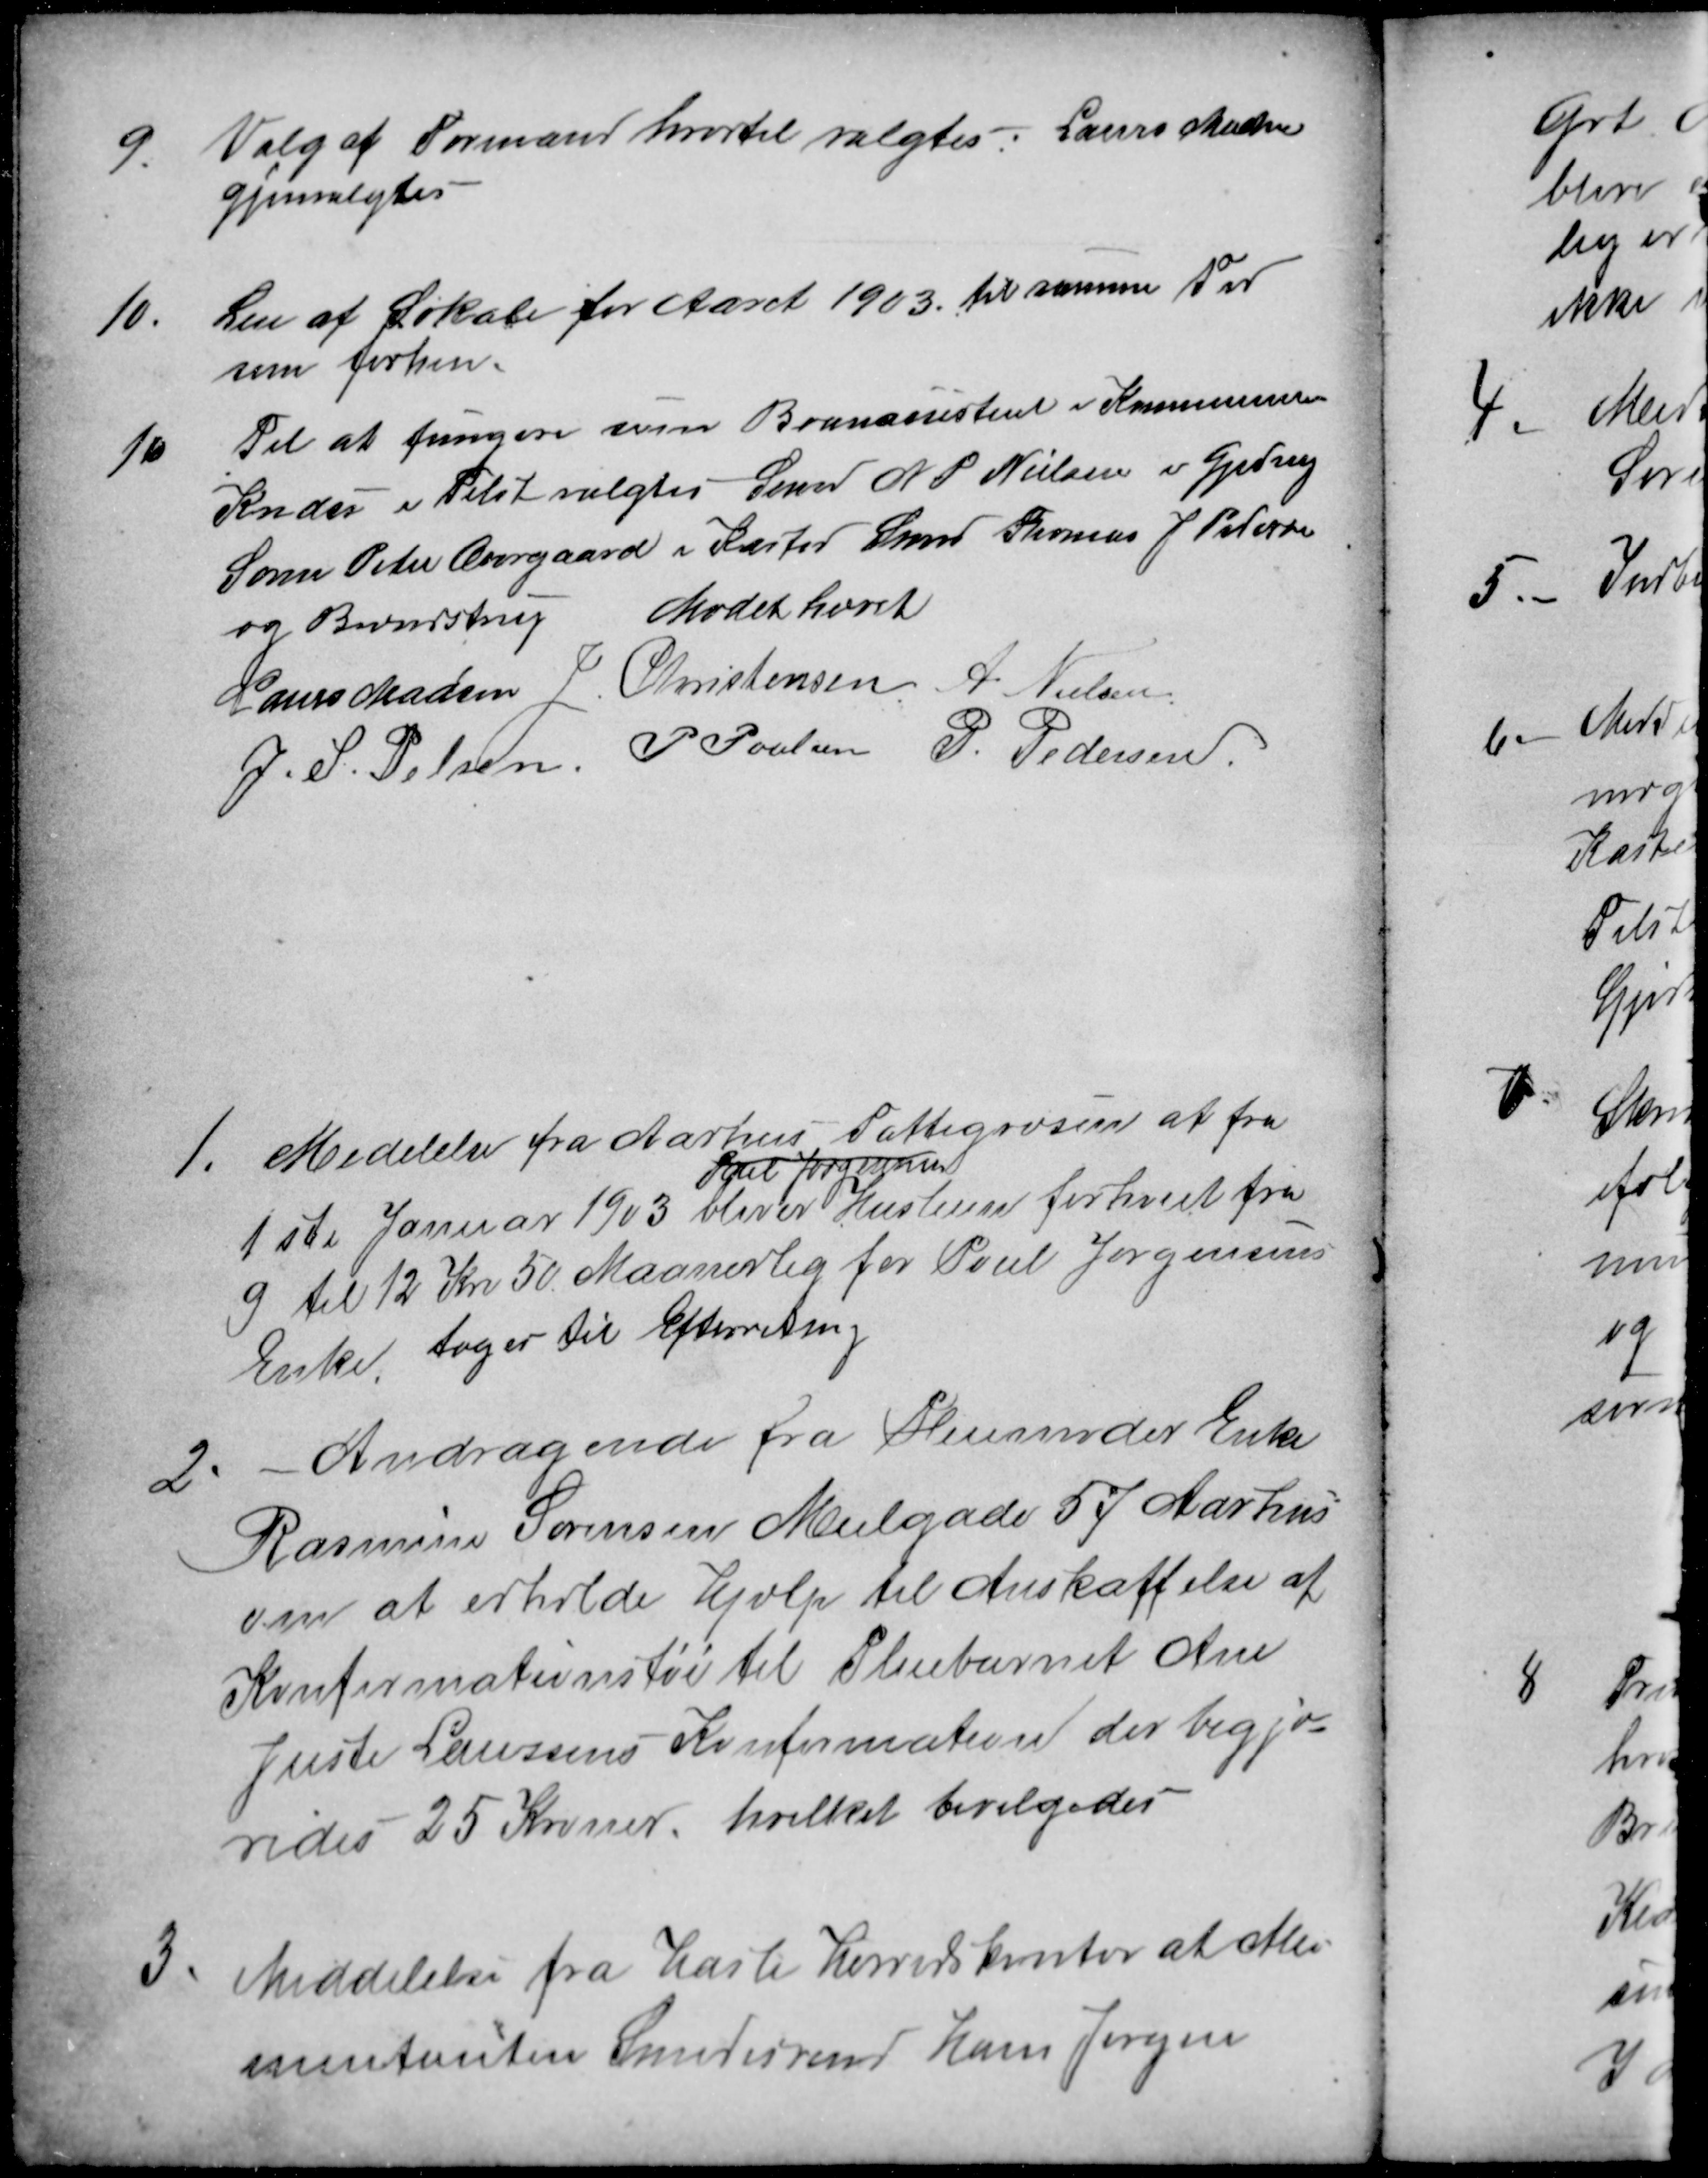
Transskription:
9.
Valg af Formand hvortil valgtes: Laurs Madsen
gjenvalgtes
10.
Leie af Lokale for Aaret 1903 for samme
som forhen.
11
Til at fungere sige Branassistent i Kommune
Kredsen i Tilst valgtes Søren N. P. Nielsen i Gjeding
Søren Peter Overgaard i Kasted Smed Thomas J. Petersen
og Brendstrup
Mødet hævet
Laurs Madsen J Christensen A. Nielsen
J. S. Pelsen
P Poulsen P. Pedersen
1.
Medelelse fra Aarhus Fattigvæsen at fra
1ste Januar 1903 bliver 
Poul Jørgensen
Husleien forhøiet fra
9 til 12 Kr 50 Maanedlig for Poul Jørgensens
Enke toges Til Efterretning
2.
Andragende fra Husmoder Enke
Rasmine Sørensen Meilgade 57 Aarhus
om at erholde Hjælp til Anskaffelse af
Konfirmationstøi til Pleiebarnet Ane
Juste Laursens Konfirmation der begjæ
redes 25 Kroner, hvilket bevilgedes
3
Meddelelse fra Hasle Herredskontor at Ali-
mentanten Smedesvend Hans Jørgen